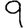
Digit: 9